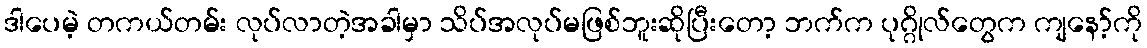
ဒါပေမဲ့ တကယ်တမ်း လုပ်လာတဲ့အခါမှာ သိပ်အလုပ်မဖြစ်ဘူးဆိုပြီးတော့ ဘက်က ပုဂ္ဂိုလ်တွေက ကျနော့်ကို